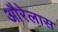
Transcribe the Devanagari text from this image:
औरेलास